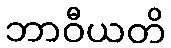
ဘာဝီယတိ